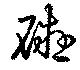
礙